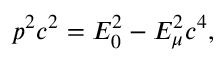
p ^ { 2 } c ^ { 2 } = E _ { 0 } ^ { 2 } - E _ { \mu } ^ { 2 } c ^ { 4 } ,